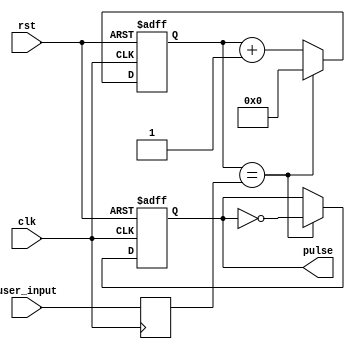
module VariableFrequencyPulseGenerator (
    input clk,
    input rst,
    input [7:0] user_input,
    output reg pulse
);

reg [7:0] counter = 8'h00;
reg [7:0] threshold = 8'h00;

always @(posedge clk or posedge rst) begin
    if (rst) begin
        counter <= 8'h00;
        pulse <= 1'b0;
    end else begin
        if (counter == threshold) begin
            pulse <= ~pulse;
            counter <= 8'h00;
        end else begin
            counter <= counter + 1;
        end
    end
end

always @(posedge clk) begin
    threshold <= user_input;
end

endmodule